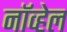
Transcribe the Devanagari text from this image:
नॉव्हेल